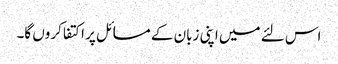
اس لئے میں اپنی زبان کے مسائل پر اکتفا کروں گا۔